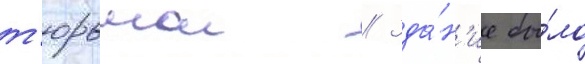
т'юрьмои // Зда́н'ие бы́ло